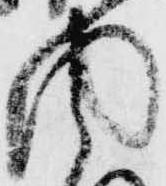
内